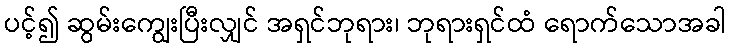
ပင့်၍ ဆွမ်းကျွေးပြီးလျှင် အရှင်ဘုရား၊ ဘုရားရှင်ထံ ရောက်သောအခါ